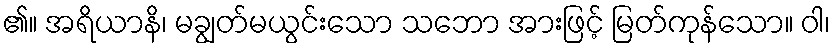
၏။ အရိယာနိ၊ မချွတ်မယွင်းသော သဘော အားဖြင့် မြတ်ကုန်သော။ ဝါ၊